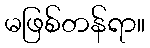
မဖြစ်တန်ရာ။